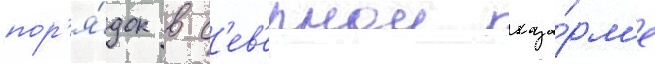
пор'я́док в с'ев'ернои каза́рм'е